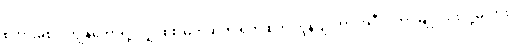
စကားမစပ် ကျွန်တော့်ရဲ့ လျှပ်စစ် မုတ်ဆိတ် ရိတ် စက် ကွန်ပျူတာ အဲဒီလိုဟာ မျိုး သုံးလို့မလား။